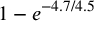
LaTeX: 1 - e ^ { - 4 . 7 / 4 . 5 }